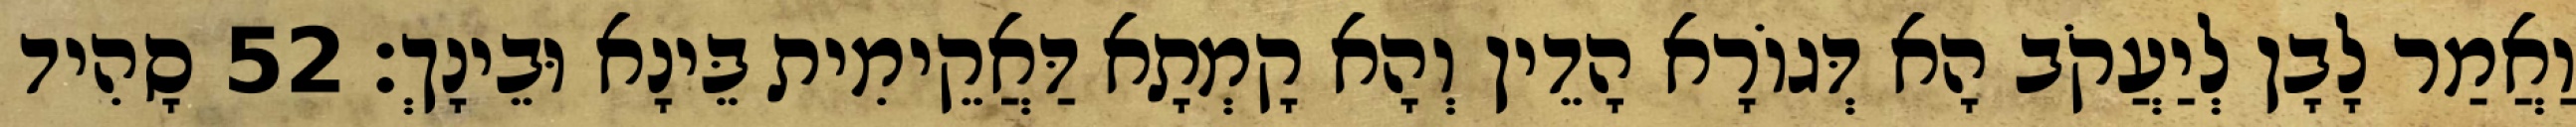
וַאֲמַר לָבָן לְיַעֲקֹב הָא דְּגוֹרָא הָדֵין וְהָא קָמְתָא דַּאֲקֵימִית בֵּינָא וּבֵינָךְ׃ 52 סָהִיד